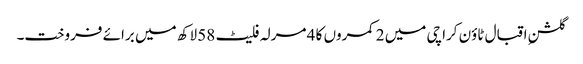
گلشنِ اقبال ٹاؤن کراچی میں 2 کمروں کا 4 مرلہ فلیٹ 58 لاکھ میں برائے فروخت۔